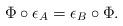
LaTeX: \begin{align*} \Phi\circ \epsilon_A = \epsilon_B\circ \Phi. \end{align*}